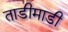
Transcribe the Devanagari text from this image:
ताडीमाडी